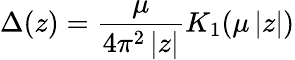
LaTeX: \Delta(z)=\frac{\mu}{4\pi^{2}\left|z\right|}K_{1}(\mu\left|z\right|)